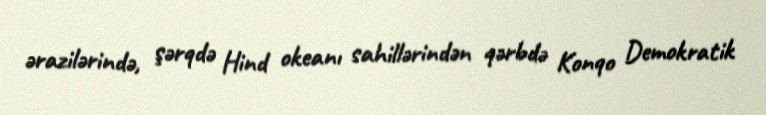
ərazilərində, şərqdə Hind okeanı sahillərindən qərbdə Konqo Demokratik